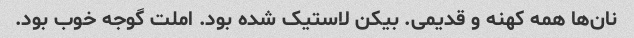
نان‌ها همه کهنه و قدیمی. بیکن لاستیک شده بود. املت گوجه خوب بود.